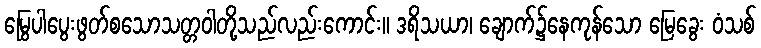
မြွေပါပွေးဖွတ်စသောသတ္တဝါတို့သည်လည်းကောင်း။ ဒရိသယာ၊ ချောက်၌နေကုန်သော မြေခွေး ဝံသစ်